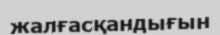
жалғасқандығын